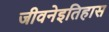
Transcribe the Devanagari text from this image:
जीवनेइतिहास